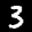
Label: 3